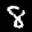
Label: 8